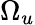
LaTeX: \Omega_{u}